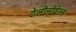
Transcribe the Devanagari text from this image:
टेलीनॉवेल्स